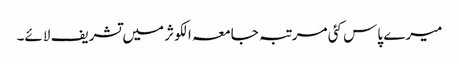
میرے پاس کئی مرتبہ جامعہ الکوثر میں تشریف لائے۔